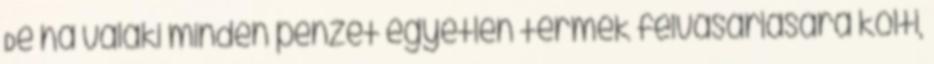
De ha valaki minden pénzét egyetlen termék felvásárlására költi,